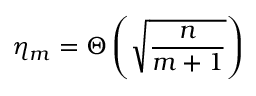
\eta _ { m } = \Theta \left( \sqrt { \frac { n } { m + 1 } } \right)